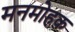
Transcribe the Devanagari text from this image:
मनमोहक